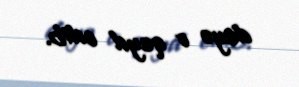
deyə o qeyd edib.